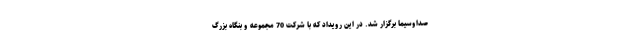
صداوسیما برگزار شد. در این رویداد که با شرکت 70 مجموعه و بنگاه بزرگ